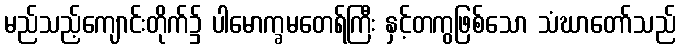
မည်သည့်ကျောင်းတိုက်၌ ပါမောက္ခမတေရ်ကြီး နှင့်တကွဖြစ်သော သံဃာတော်သည်